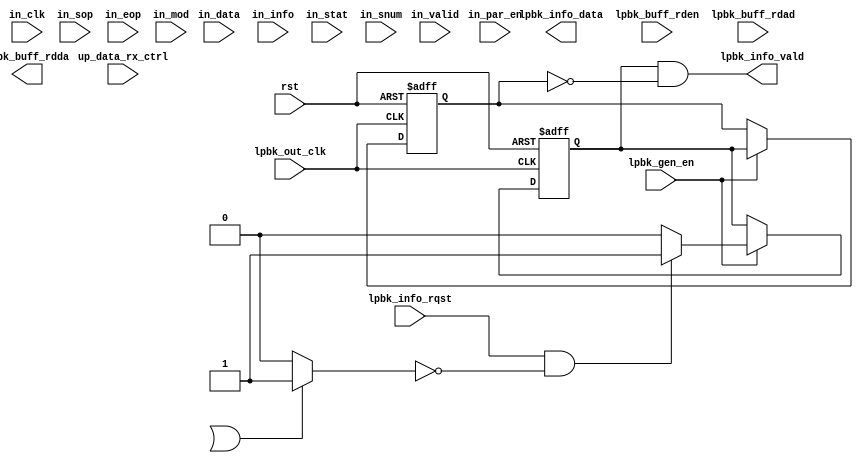
module rx_loop (
    input  wire         rst,


    input  wire [31: 0] up_data_rx_ctrl,

    input  wire         in_clk,
    input  wire         in_par_en,
    input  wire [31: 0] in_data,
    input  wire         in_valid,
    input  wire         in_sop,
    input  wire         in_eop,
    input  wire [ 1: 0] in_mod,
    input  wire [31: 0] in_info,
    input  wire [63: 0] in_stat,
    input  wire [ 3: 0] in_snum,

    input  wire        lpbk_out_clk,
    input  wire        lpbk_gen_en,

    input  wire        lpbk_info_rqst,
    output wire        lpbk_info_vald,
    output wire [31:0] lpbk_info_data,

    input  wire        lpbk_buff_rden,
    input  wire [11:0] lpbk_buff_rdad,
    output wire [31:0] lpbk_buff_rdda
);


// buffer in_par_en
reg in_par_en_d1, in_par_en_d2, in_par_en_d3, in_par_en_d4,
    in_par_en_d5, in_par_en_d6, in_par_en_d7, in_par_en_d8,
    in_par_en_d9, in_par_en_d10, in_par_en_d11, in_par_en_d12;
always @(posedge rst or posedge in_clk) begin
  if (rst) begin
    in_par_en_d1 <= 1'b0;
    in_par_en_d2 <= 1'b0;
    in_par_en_d3 <= 1'b0;
    in_par_en_d4 <= 1'b0;
    in_par_en_d5 <= 1'b0;
    in_par_en_d6 <= 1'b0;
    in_par_en_d7 <= 1'b0;
    in_par_en_d8 <= 1'b0;
    in_par_en_d9 <= 1'b0;
    in_par_en_d10 <= 1'b0;
    in_par_en_d11 <= 1'b0;
    in_par_en_d12 <= 1'b0;
  end
  else begin
    in_par_en_d1 <= in_par_en;
    in_par_en_d2 <= in_par_en_d1;
    in_par_en_d3 <= in_par_en_d2;
    in_par_en_d4 <= in_par_en_d3;
    in_par_en_d5 <= in_par_en_d4;
    in_par_en_d6 <= in_par_en_d5;
    in_par_en_d7 <= in_par_en_d6;
    in_par_en_d8 <= in_par_en_d7;
    in_par_en_d9 <= in_par_en_d8;
    in_par_en_d10 <= in_par_en_d9;
    in_par_en_d11 <= in_par_en_d10;
    in_par_en_d12 <= in_par_en_d11;
  end
end

wire par_en = in_par_en_d8;// || in_par_en_d12;

// get buffer control info
wire [ 3:0]rx_loop_en  = up_data_rx_ctrl[27:24];  // 4 bit enable: bit0=L1, bit1=L2, bit2=L3, bit3=L4
wire       rx_dump_en  = up_data_rx_ctrl[   28];  // dump enable
wire       rx_pause_en = up_data_rx_ctrl[    5];  // pause enable

wire loop_l1 = rx_loop_en[0];                   // +1 loop enable
wire loop_l2 = rx_loop_en[0] && rx_loop_en[1];  // +2 switch mac address
wire loop_l3 = rx_loop_en[0] && rx_loop_en[2];  // +4 switch ip address
wire loop_l4 = rx_loop_en[0] && rx_loop_en[3];  // +8 switch tcp/udp port

wire loop_it = (in_stat[7:0]==8'h04 || in_stat[9]==1'b1)? 1'b1: 1'b0;  // unicast && crc_good || pause

// get packet parser info
// out_info  <= {24'd0, {bypass_tcp, bypass_udp, bypass_ipv6, bypass_ipv4}, {bypass_mpls, bypass_llc, bypass_vlan,bypass_mac}};
wire hereis_mac = in_info[0];
wire hereis_ip4 = in_info[4];
wire hereis_ip6 = in_info[5];
wire hereis_udp = in_info[6];
wire hereis_tcp = in_info[7];

reg [5:0] hereis_mac_cntr;
always @(posedge rst or posedge in_clk) begin
  if (rst)
    hereis_mac_cntr <= 'd0;
  else if (par_en) begin
    if (in_sop && in_valid)
      hereis_mac_cntr <= 'd0;
    else if (hereis_mac)
      hereis_mac_cntr <= hereis_mac_cntr + 'd1;
  end
end

reg hereis_ip4_d1;
always @(posedge rst or posedge in_clk) begin
  if (rst)
    hereis_ip4_d1 <= 1'b0;
  else if (par_en)
    hereis_ip4_d1 <= hereis_ip4;
end

reg [5:0] hereis_ip4_cntr;
always @(posedge rst or posedge in_clk) begin
  if (rst)
    hereis_ip4_cntr <= 'd0;
  else if (par_en) begin
    if (in_sop && in_valid)
      hereis_ip4_cntr <= 'd0;
    else if (hereis_ip4 || hereis_ip4_d1)
      hereis_ip4_cntr <= hereis_ip4_cntr + 'd1;
  end
end

reg hereis_ip6_d1;
always @(posedge rst or posedge in_clk) begin
  if (rst)
    hereis_ip6_d1 <= 1'b0;
  else if (par_en)
    hereis_ip6_d1 <= hereis_ip6;
end

reg [5:0] hereis_ip6_cntr;
always @(posedge rst or posedge in_clk) begin
  if (rst)
    hereis_ip6_cntr <= 'd0;
  else if (par_en) begin
    if (in_sop && in_valid)
      hereis_ip6_cntr <= 'd0;
    else if (hereis_ip6 || hereis_ip6_d1)
      hereis_ip6_cntr <= hereis_ip6_cntr + 'd1;
  end
end

reg [5:0] hereis_udp_cntr;
always @(posedge rst or posedge in_clk) begin
  if (rst)
    hereis_udp_cntr <= 'd0;
  else if (par_en) begin
    if (in_sop && in_valid)
      hereis_udp_cntr <= 'd0;
    else if (hereis_udp)
      hereis_udp_cntr <= hereis_udp_cntr + 'd1;
  end
end

reg [5:0] hereis_tcp_cntr;
always @(posedge rst or posedge in_clk) begin
  if (rst)
    hereis_tcp_cntr <= 'd0;
  else if (par_en) begin
    if (in_sop && in_valid)
      hereis_tcp_cntr <= 'd0;
    else if (hereis_tcp)
      hereis_tcp_cntr <= hereis_tcp_cntr + 'd1;
  end
end

/*
// buffer data input
reg        in_valid_d1, in_valid_d2, in_valid_d3, in_valid_d4, in_valid_d5, in_valid_d6, in_valid_d7, in_valid_d8;
reg        in_sop_d1, in_sop_d2, in_sop_d3, in_sop_d4, in_sop_d5, in_sop_d6, in_sop_d7, in_sop_d8;
reg        in_eop_d1, in_eop_d2, in_eop_d3, in_eop_d4, in_eop_d5, in_eop_d6, in_eop_d7, in_eop_d8;
reg [ 1:0] in_mod_d1, in_mod_d2, in_mod_d3, in_mod_d4, in_mod_d5, in_mod_d6, in_mod_d7, in_mod_d8;
reg [31:0] in_data_d1, in_data_d2, in_data_d3, in_data_d4, in_data_d5, in_data_d6, in_data_d7, in_data_d8;
always @(posedge rst or posedge in_clk) begin
  if (rst) begin
    in_sop_d1 <= 1'b0;
    in_sop_d2 <= 1'b0;
    in_sop_d3 <= 1'b0;
    in_sop_d4 <= 1'b0;
  end
  else if (par_en) begin
    in_sop_d1 <= in_sop;
    in_sop_d2 <= in_sop_d1;
    in_sop_d3 <= in_sop_d2;
    in_sop_d4 <= in_sop_d3;
  end
end
always @(posedge rst or posedge in_clk) begin
  if (rst) begin
    in_eop_d1 <= 1'b0;
    in_eop_d2 <= 1'b0;
    in_eop_d3 <= 1'b0;
    in_eop_d4 <= 1'b0;
  end
  else if (par_en) begin
    in_eop_d1 <= in_eop;
    in_eop_d2 <= in_eop_d1;
    in_eop_d3 <= in_eop_d2;
    in_eop_d4 <= in_eop_d3;
  end
end
always @(posedge rst or posedge in_clk) begin
  if (rst) begin
    in_mod_d1 <= 2'd0;
    in_mod_d2 <= 2'd0;
    in_mod_d3 <= 2'd0;
    in_mod_d4 <= 2'd0;
  end
  else if (par_en) begin
    in_mod_d1 <= in_mod;
    in_mod_d2 <= in_mod_d1;
    in_mod_d3 <= in_mod_d2;
    in_mod_d4 <= in_mod_d3;
  end
end
always @(posedge rst or posedge in_clk) begin
  if (rst) begin
    in_valid_d1 <= 1'b0;
    in_valid_d2 <= 1'b0;
    in_valid_d3 <= 1'b0;
    in_valid_d4 <= 1'b0;
  end
  else if (par_en) begin
    in_valid_d1 <= in_valid;
    in_valid_d2 <= in_valid_d1;
    in_valid_d3 <= in_valid_d2;
    in_valid_d4 <= in_valid_d3;
  end
end
always @(posedge rst or posedge in_clk) begin
  if (rst) begin
    in_data_d1  <= 32'h00000000;
    in_data_d2  <= 32'h00000000;
    in_data_d3  <= 32'h00000000;
    in_data_d4  <= 32'h00000000;
  end
  else if (par_en) begin
    in_data_d1  <= in_data;
    in_data_d2  <= in_data_d1;
    in_data_d3  <= in_data_d2;
    in_data_d4  <= in_data_d3;
  end
end
*/


//////////////////////////////////
// loopback delay buffer
reg         dbuf_wren_h;
reg  [11:0] dbuf_wrad_h;
reg  [17:0] dbuf_wrda_h;
wire        dbuf_rden_h;
wire [11:0] dbuf_rdad_h;
wire [17:0] dbuf_rdda_h;
`ifdef ALTERA
dpram_dc_18_4096 loop_delay_buffer_h (
  .aclr_a    (rst),
  .clock_a   (in_clk),
  .address_a (dbuf_wrad_h),
  .data_a    (dbuf_wrda_h),
  .enable_a  (par_en),
  .rden_a    (1'b0),
  .wren_a    (dbuf_wren_h),
  .q_a       (),

  .aclr_b    (rst),
  .clock_b   (lpbk_out_clk),
  .address_b (dbuf_rdad_h),
  .data_b    (18'd0),
  .enable_b  (lpbk_gen_en),
  .rden_b    (dbuf_rden_h),
  .wren_b    (1'b0),
  .q_b       (dbuf_rdda_h)
);
`endif
`ifdef XILINX_SPARTAN6
dpram_dc_18_4096 loop_delay_buffer_h(
  .clka  (in_clk),
  .rsta  (rst),
  .ena   (par_en),
  .wea   (dbuf_wren_h),
  .addra (dbuf_wrad_h),
  .dina  (dbuf_wrda_h),
  .douta (),

  .clkb  (lpbk_out_clk),
  .rstb  (rst),
  .enb   (lpbk_gen_en && dbuf_rden_h),
  .web   (1'b0),
  .addrb (dbuf_rdad_h),
  .dinb  (18'd0),
  .doutb (dbuf_rdda_h)
);
`endif

reg         dbuf_wren_l;
reg  [11:0] dbuf_wrad_l;
reg  [17:0] dbuf_wrda_l;
wire        dbuf_rden_l;
wire [11:0] dbuf_rdad_l;
wire [17:0] dbuf_rdda_l;
`ifdef ALTERA
dpram_dc_18_4096 loop_delay_buffer_l (
  .aclr_a    (rst),
  .clock_a   (in_clk),
  .address_a (dbuf_wrad_l),
  .data_a    (dbuf_wrda_l),
  .enable_a  (par_en),
  .rden_a    (1'b0),
  .wren_a    (dbuf_wren_l),
  .q_a       (),

  .aclr_b    (rst),
  .clock_b   (lpbk_out_clk),
  .address_b (dbuf_rdad_l),
  .data_b    (18'd0),
  .enable_b  (lpbk_gen_en),
  .rden_b    (dbuf_rden_l),
  .wren_b    (1'b0),
  .q_b       (dbuf_rdda_l)
);
`endif
`ifdef XILINX_SPARTAN6
dpram_dc_18_4096 loop_delay_buffer_l(
  .clka  (in_clk),
  .rsta  (rst),
  .ena   (par_en),
  .wea   (dbuf_wren_l),
  .addra (dbuf_wrad_l),
  .dina  (dbuf_wrda_l),
  .douta (),

  .clkb  (lpbk_out_clk),
  .rstb  (rst),
  .enb   (lpbk_gen_en && dbuf_rden_l),
  .web   (1'b0),
  .addrb (dbuf_rdad_l),
  .dinb  (18'd0),
  .doutb (dbuf_rdda_l)
);
`endif

////////////////////////////////////////
// logic to read from delay buffer
assign dbuf_rden_h = lpbk_buff_rden;
assign dbuf_rden_l = lpbk_buff_rden;
assign dbuf_rdad_h = lpbk_buff_rdad;
assign dbuf_rdad_l = lpbk_buff_rdad;
assign lpbk_buff_rdda = {dbuf_rdda_h[15:0], dbuf_rdda_l[15:0]};

////////////////////////////////////////
// logic to write to delay buffer
reg  [11:0] dbuf_wrad;
wire        dbuf_wrad_incr, dbuf_wrad_hold, dbuf_wrad_load;
wire [11:0] dbuf_wrad_base;
always @(posedge rst or posedge in_clk) begin
  if (rst)
    dbuf_wrad <= 'd0;
  else if (par_en)
         if (dbuf_wrad_load)
      dbuf_wrad <= dbuf_wrad_base;
    else if (dbuf_wrad_hold)
      dbuf_wrad <= dbuf_wrad + 'd0;
    else if (dbuf_wrad_incr)
      dbuf_wrad <= dbuf_wrad + 'd1;
end

// fsm state transition
reg  [ 7:0] fsm_dbwr_curr_st, fsm_dbwr_next_st, fsm_dbwr_last_st;

parameter [ 7:0]
FSM_DBWR_IDLE        =                       0,  // 0
FSM_DBWR_PREAMBLE    = FSM_DBWR_IDLE       + 1,  // 1
FSM_DBWR_ACTIVE      = FSM_DBWR_PREAMBLE   + 1,  // 2
FSM_DBWR_STAT_H      =                      64,  //64
FSM_DBWR_STAT_L      = FSM_DBWR_STAT_H     + 1,  //65
FSM_DBWR_DEACTIVE    =                     255;  // 255

always @(posedge rst or posedge in_clk) begin
    if (rst) begin
        fsm_dbwr_curr_st <= FSM_DBWR_IDLE;
        fsm_dbwr_last_st <= FSM_DBWR_IDLE;
    end
    else if (par_en) begin
        fsm_dbwr_curr_st <= fsm_dbwr_next_st;
        fsm_dbwr_last_st <= fsm_dbwr_curr_st;
    end
end

always @(*) begin
    case (fsm_dbwr_curr_st)
        FSM_DBWR_IDLE:
            if (in_valid && in_sop)
                fsm_dbwr_next_st = FSM_DBWR_PREAMBLE;
            else
                fsm_dbwr_next_st = FSM_DBWR_IDLE;
        FSM_DBWR_PREAMBLE:
                fsm_dbwr_next_st = FSM_DBWR_ACTIVE;
        FSM_DBWR_ACTIVE:
            if (in_valid && in_eop)
                fsm_dbwr_next_st = FSM_DBWR_STAT_H;
            else
                fsm_dbwr_next_st = FSM_DBWR_ACTIVE;
        FSM_DBWR_STAT_H:
                fsm_dbwr_next_st = FSM_DBWR_STAT_L;
        FSM_DBWR_STAT_L:
                fsm_dbwr_next_st = FSM_DBWR_IDLE;
        FSM_DBWR_DEACTIVE:
                fsm_dbwr_next_st = FSM_DBWR_IDLE;
        default:
            fsm_dbwr_next_st = FSM_DBWR_IDLE;
    endcase
end

// FSM output signals: buffer fill-in operaion
reg [11:0] dbuf_wrad_h_temp, dbuf_wrad_l_temp;
reg [17:0] dbuf_wrda_h_temp, dbuf_wrda_l_temp;  // l4 dst, l4 src
reg        dbuf_lpl4_rewrite;                   // temporarily store the l4 port values to write it back later, using the overwritten eop cycle

always @(posedge rst or posedge in_clk) begin
    if (rst) begin
            {dbuf_wren_h, dbuf_wren_l, dbuf_wrad_h, dbuf_wrad_l, dbuf_wrda_h, dbuf_wrda_l} <= 
                {1'b0, 1'b0, 12'd0, 12'd0, 18'd0, 18'd0};
    end
    else if (par_en) begin
             if (fsm_dbwr_curr_st==FSM_DBWR_IDLE)
            {dbuf_wren_h, dbuf_wren_l, dbuf_wrad_h, dbuf_wrad_l, dbuf_wrda_h, dbuf_wrda_l} <= 
                {1'b0, 1'b0, 12'd0, 12'd0, 18'd0, 18'd0};
        else if (fsm_dbwr_curr_st==FSM_DBWR_PREAMBLE)
            {dbuf_wren_h, dbuf_wren_l, dbuf_wrad_h, dbuf_wrad_l, dbuf_wrda_h, dbuf_wrda_l} <= 
                {1'b0, 1'b0, 12'd0, 12'd0, 18'd0, 18'd0};
        else if (fsm_dbwr_curr_st==FSM_DBWR_ACTIVE) begin
            // non address 
            {dbuf_wren_h, dbuf_wren_l, dbuf_wrad_h, dbuf_wrad_l, dbuf_wrda_h, dbuf_wrda_l} <= 
                {1'b1, 1'b1, dbuf_wrad, dbuf_wrad, {in_sop, in_eop, in_data[31:16]}, {in_mod, in_data[15: 0]}};
            // l2 mac address
            if (hereis_mac && hereis_mac_cntr=='d0 && loop_l2)
            {dbuf_wren_h, dbuf_wren_l, dbuf_wrad_h, dbuf_wrad_l, dbuf_wrda_h, dbuf_wrda_l} <= 
                {1'b1, 1'b1, (dbuf_wrad+12'd2), (dbuf_wrad+12'd1), {in_sop, in_eop, in_data[15: 0]}, {in_mod, in_data[31:16]}};
            if (hereis_mac && hereis_mac_cntr=='d1 && loop_l2)
            {dbuf_wren_h, dbuf_wren_l, dbuf_wrad_h, dbuf_wrad_l, dbuf_wrda_h, dbuf_wrda_l} <= 
                {1'b1, 1'b1, (dbuf_wrad-12'd1), (dbuf_wrad+12'd1), {in_sop, in_eop, in_data[15: 0]}, {in_mod, in_data[31:16]}};
            if (hereis_mac && hereis_mac_cntr=='d2 && loop_l2)
            {dbuf_wren_h, dbuf_wren_l, dbuf_wrad_h, dbuf_wrad_l, dbuf_wrda_h, dbuf_wrda_l} <= 
                {1'b1, 1'b1, (dbuf_wrad-12'd1), (dbuf_wrad-12'd2), {in_sop, in_eop, in_data[15: 0]}, {in_mod, in_data[31:16]}};
            // l3 ipv6 address
            if (hereis_ip6 && hereis_ip6_cntr=='d2 && loop_l3)
            {dbuf_wren_h, dbuf_wren_l, dbuf_wrad_h, dbuf_wrad_l, dbuf_wrda_h, dbuf_wrda_l} <= 
                {1'b1, 1'b1, (dbuf_wrad+12'd0), (dbuf_wrad+12'd4), {in_sop, in_eop, in_data[31:16]}, {in_mod, in_data[15: 0]}};
            if (hereis_ip6 && hereis_ip6_cntr=='d3 && loop_l3)
            {dbuf_wren_h, dbuf_wren_l, dbuf_wrad_h, dbuf_wrad_l, dbuf_wrda_h, dbuf_wrda_l} <= 
                {1'b1, 1'b1, (dbuf_wrad+12'd4), (dbuf_wrad+12'd4), {in_sop, in_eop, in_data[31:16]}, {in_mod, in_data[15: 0]}};
            if (hereis_ip6 && hereis_ip6_cntr=='d4 && loop_l3)
            {dbuf_wren_h, dbuf_wren_l, dbuf_wrad_h, dbuf_wrad_l, dbuf_wrda_h, dbuf_wrda_l} <= 
                {1'b1, 1'b1, (dbuf_wrad+12'd4), (dbuf_wrad+12'd4), {in_sop, in_eop, in_data[31:16]}, {in_mod, in_data[15: 0]}};
            if (hereis_ip6 && hereis_ip6_cntr=='d5 && loop_l3)
            {dbuf_wren_h, dbuf_wren_l, dbuf_wrad_h, dbuf_wrad_l, dbuf_wrda_h, dbuf_wrda_l} <= 
                {1'b1, 1'b1, (dbuf_wrad+12'd4), (dbuf_wrad+12'd4), {in_sop, in_eop, in_data[31:16]}, {in_mod, in_data[15: 0]}};
            if (hereis_ip6 && hereis_ip6_cntr=='d6 && loop_l3)
            {dbuf_wren_h, dbuf_wren_l, dbuf_wrad_h, dbuf_wrad_l, dbuf_wrda_h, dbuf_wrda_l} <= 
                {1'b1, 1'b1, (dbuf_wrad+12'd4), (dbuf_wrad-12'd4), {in_sop, in_eop, in_data[31:16]}, {in_mod, in_data[15: 0]}};
            if (hereis_ip6 && hereis_ip6_cntr=='d7 && loop_l3)
            {dbuf_wren_h, dbuf_wren_l, dbuf_wrad_h, dbuf_wrad_l, dbuf_wrda_h, dbuf_wrda_l} <= 
                {1'b1, 1'b1, (dbuf_wrad-12'd4), (dbuf_wrad-12'd4), {in_sop, in_eop, in_data[31:16]}, {in_mod, in_data[15: 0]}};
            if (hereis_ip6 && hereis_ip6_cntr=='d8 && loop_l3)
            {dbuf_wren_h, dbuf_wren_l, dbuf_wrad_h, dbuf_wrad_l, dbuf_wrda_h, dbuf_wrda_l} <= 
                {1'b1, 1'b1, (dbuf_wrad-12'd4), (dbuf_wrad-12'd4), {in_sop, in_eop, in_data[31:16]}, {in_mod, in_data[15: 0]}};
            if (hereis_ip6 && hereis_ip6_cntr=='d9 && loop_l3)
            {dbuf_wren_h, dbuf_wren_l, dbuf_wrad_h, dbuf_wrad_l, dbuf_wrda_h, dbuf_wrda_l} <= 
                {1'b1, 1'b1, (dbuf_wrad-12'd4), (dbuf_wrad-12'd4), {in_sop, in_eop, in_data[31:16]}, {in_mod, in_data[15: 0]}};
            if ((hereis_ip6 || hereis_ip6_d1) && hereis_ip6_cntr=='ha && loop_l3)
            {dbuf_wren_h, dbuf_wrad_h, dbuf_wrda_h} <= 
                {1'b1, (dbuf_wrad-12'd4), {in_sop, in_eop, in_data[31:16]}};
            // l3 ipv4 address
            if (hereis_ip4 && hereis_ip4_cntr=='d3 && loop_l3)
            {dbuf_wren_h, dbuf_wren_l, dbuf_wrad_h, dbuf_wrad_l, dbuf_wrda_h, dbuf_wrda_l} <= 
                {1'b1, 1'b1, (dbuf_wrad+12'd0), (dbuf_wrad+12'd1), {in_sop, in_eop, in_data[31:16]}, {in_mod, in_data[15: 0]}};
            if (hereis_ip4 && hereis_ip4_cntr=='d4 && loop_l3)
            {dbuf_wren_h, dbuf_wren_l, dbuf_wrad_h, dbuf_wrad_l, dbuf_wrda_h, dbuf_wrda_l} <= 
                {1'b1, 1'b1, (dbuf_wrad+12'd1), (dbuf_wrad-12'd1), {in_sop, in_eop, in_data[31:16]}, {in_mod, in_data[15: 0]}};
            if ((hereis_ip4 || hereis_ip4_d1) && hereis_ip4_cntr=='d5 && loop_l3)
            {dbuf_wren_h, dbuf_wrad_h, dbuf_wrda_h} <= 
                {1'b1, (dbuf_wrad-12'd1), {in_sop, in_eop, in_data[31:16]}};
            // l4 udp/tcp port
            if (hereis_udp && hereis_udp_cntr=='d0 && loop_l4)   // due to address conflict, need to store the values and write them later into ram
            {dbuf_wren_l, dbuf_wrad_l, dbuf_wrda_l} <= 
                {1'b1, (dbuf_wrad+12'd0), {in_sop, in_eop, in_data[15: 0]}};
            if (hereis_tcp && hereis_tcp_cntr=='d0 && loop_l4)   // due to address conflict, need to store the values and write them later into ram
            {dbuf_wren_l, dbuf_wrad_l, dbuf_wrda_l} <= 
                {1'b1, (dbuf_wrad+12'd0), {in_sop, in_eop, in_data[15: 0]}};
            if (dbuf_lpl4_rewrite && dbuf_wrad_hold && loop_l4)  // rewirte the switched l4 port values
            {dbuf_wren_h, dbuf_wren_l, dbuf_wrad_h, dbuf_wrad_l, dbuf_wrda_h, dbuf_wrda_l} <= 
                {1'b1, 1'b1, dbuf_wrad_h_temp, dbuf_wrad_l_temp, dbuf_wrda_l_temp, dbuf_wrda_h_temp};
        end
        else if (fsm_dbwr_curr_st==FSM_DBWR_STAT_H)
            {dbuf_wren_h, dbuf_wren_l, dbuf_wrad_h, dbuf_wrad_l, dbuf_wrda_h, dbuf_wrda_l} <= 
                {1'b1, 1'b1, dbuf_wrad,dbuf_wrad, {2'b11, in_stat[63:48]}, {2'b11, in_stat[47:32]}};
        else if (fsm_dbwr_curr_st==FSM_DBWR_STAT_L)
            {dbuf_wren_h, dbuf_wren_l, dbuf_wrad_h, dbuf_wrad_l, dbuf_wrda_h, dbuf_wrda_l} <= 
                {1'b1, 1'b1, dbuf_wrad,dbuf_wrad, {2'b11, in_stat[31:16]}, {2'b11, in_stat[15: 0]}};
        else if (fsm_dbwr_curr_st==FSM_DBWR_DEACTIVE)
            {dbuf_wren_h, dbuf_wren_l, dbuf_wrad_h, dbuf_wrad_l, dbuf_wrda_h, dbuf_wrda_l} <= 
                {1'b0, 1'b0, 12'd0, 12'd0, 18'd0, 18'd0};
        else
            {dbuf_wren_h, dbuf_wren_l, dbuf_wrad_h, dbuf_wrad_l, dbuf_wrda_h, dbuf_wrda_l} <= 
                {1'b0, 1'b0, 12'd0, 12'd0, 18'd0, 18'd0};
    end
end

always @(posedge rst or posedge in_clk) begin
    if (rst) begin
        {dbuf_wrad_h_temp, dbuf_wrad_l_temp, dbuf_wrda_h_temp, dbuf_wrda_l_temp} <= {12'd0, 12'd0, 18'd0, 18'd0};
    end
    else if (par_en) begin
        if (fsm_dbwr_curr_st==FSM_DBWR_ACTIVE) begin
            if (hereis_udp && hereis_udp_cntr=='d0 && loop_l4)  // UDP: capture l4 src_port
            {dbuf_wrad_l_temp, dbuf_wrda_l_temp} <= 
                {dbuf_wrad, {in_mod, in_data[15: 0]}};
            if (hereis_udp && hereis_udp_cntr=='d1 && loop_l4)  // UDP: capture l4 dst_port
            {dbuf_wrad_h_temp, dbuf_wrda_h_temp} <= 
                {dbuf_wrad, {in_sop, in_eop, in_data[31:16]}};
            if (hereis_tcp && hereis_tcp_cntr=='d0 && loop_l4)  // TCP: capture l4 src_port
            {dbuf_wrad_l_temp, dbuf_wrda_l_temp} <= 
                {dbuf_wrad, {in_mod, in_data[15: 0]}};
            if (hereis_tcp && hereis_tcp_cntr=='d1 && loop_l4)  // TCP: capture l4 dst_port
            {dbuf_wrad_h_temp, dbuf_wrda_h_temp} <= 
                {dbuf_wrad, {in_sop, in_eop, in_data[31:16]}};
        end
    end
end

always @(posedge rst or posedge in_clk) begin
    if (rst)
        dbuf_lpl4_rewrite <= 1'b0;
    else if (par_en) begin
        if (fsm_dbwr_curr_st==FSM_DBWR_PREAMBLE)
            dbuf_lpl4_rewrite <= 1'b0;
        else if (fsm_dbwr_curr_st==FSM_DBWR_ACTIVE) begin
            if (hereis_udp && hereis_udp_cntr=='d0 && loop_l4)
                dbuf_lpl4_rewrite <= 1'b1;
            if (hereis_tcp && hereis_tcp_cntr=='d0 && loop_l4)
                dbuf_lpl4_rewrite <= 1'b1;
        end
    end
end

assign dbuf_wrad_incr = (fsm_dbwr_curr_st!=FSM_DBWR_IDLE   && fsm_dbwr_curr_st!=FSM_DBWR_PREAMBLE && fsm_dbwr_curr_st!=FSM_DBWR_DEACTIVE)? 1'b1:1'b0;
assign dbuf_wrad_hold = (fsm_dbwr_curr_st!=FSM_DBWR_STAT_H && fsm_dbwr_next_st==FSM_DBWR_STAT_H)? 1'b1:1'b0;
assign dbuf_wrad_load = (fsm_dbwr_curr_st==FSM_DBWR_STAT_L && !loop_it)? 1'b1:1'b0;




///////////////////////////////
// info buffer
wire info_fifo_empty_h;
wire info_fifo_full_h;
wire        info_fifo_rden_h;
wire [17:0] info_fifo_rdda_h;
wire        info_fifo_wren_h;
wire [17:0] info_fifo_wrda_h;
`ifdef XILINX_SPARTAN6
fifo_dc_18_512 info_fifo_h(
    .rst    (rst),
 
    .wr_clk (in_clk),
    .wr_en  (par_en && info_fifo_wren_h),
    .din    (info_fifo_wrda_h),
    .full   (info_fifo_full_h),
    .wr_data_count(),
 
    .rd_clk (lpbk_out_clk),
    .rd_en (lpbk_gen_en && info_fifo_rden_h),
    .dout   (info_fifo_rdda_h),
    .empty  (info_fifo_empty_h),
    .rd_data_count()
);
`endif
`ifdef ALTERA
fifo_dc_18_512 info_fifo_h(
    .aclr(rst),

    .wrclk(in_clk),
    .wrreq(par_en && info_fifo_wren_h),
    .data(info_fifo_wrda_h),

    .rdclk(lpbk_out_clk),
    .rdreq(lpbk_gen_en && info_fifo_rden_h),
    .q(info_fifo_rdda_h),

    .rdempty(info_fifo_empty_h),
    .rdusedw(),
    .wrfull(info_fifo_full_h),
    .wrusedw()
);
`endif

wire info_fifo_empty_l;
wire info_fifo_full_l;
wire        info_fifo_rden_l;
wire [17:0] info_fifo_rdda_l;
wire        info_fifo_wren_l;
wire [17:0] info_fifo_wrda_l;
`ifdef XILINX_SPARTAN6
fifo_dc_18_512 info_fifo_l(
    .rst    (rst),
 
    .wr_clk (in_clk),
    .wr_en  (par_en && info_fifo_wren_l),
    .din    (info_fifo_wrda_l),
    .full   (info_fifo_full_l),
    .wr_data_count(),
 
    .rd_clk (lpbk_out_clk),
    .rd_en (lpbk_gen_en && info_fifo_rden_l),
    .dout   (info_fifo_rdda_l),
    .empty  (info_fifo_empty_l),
    .rd_data_count()
);
`endif
`ifdef ALTERA
fifo_dc_18_512 info_fifo_l(
    .aclr(rst),

    .wrclk(in_clk),
    .wrreq(par_en && info_fifo_wren_l),
    .data(info_fifo_wrda_l),

    .rdclk(lpbk_out_clk),
    .rdreq(lpbk_gen_en && info_fifo_rden_l),
    .q(info_fifo_rdda_l),

    .rdempty(info_fifo_empty_l),
    .rdusedw(),
    .wrfull(info_fifo_full_l),
    .wrusedw()
);
`endif

///////////////////////////////////////////////////////
// FSM output signals: info fifo fill-in operation
reg  [15:0] info_data_leng;
wire [ 3:0] info_data_snum = in_snum;
reg  [11:0] info_data_base;
wire [11:0] dbuf_wrad_interval = dbuf_wrad - info_data_base;
assign      dbuf_wrad_base = info_data_base;
always @(posedge rst or posedge in_clk) begin
    if (rst) begin
        info_data_leng <= 'd0;
        info_data_base <= 'd0;
    end
    else if (par_en) begin
        if (fsm_dbwr_curr_st!=FSM_DBWR_STAT_H && fsm_dbwr_next_st==FSM_DBWR_STAT_H) begin
            info_data_leng <= (in_mod==2'b00)? {2'b00, dbuf_wrad_interval, 2'b00}: {2'b00, (dbuf_wrad_interval-1), in_mod};
        end
        if (fsm_dbwr_curr_st==FSM_DBWR_PREAMBLE) begin
            info_data_base <= dbuf_wrad;
        end
    end
end

reg        info_fifo_wren;
reg [31:0] info_fifo_wrda;
always @(posedge rst or posedge in_clk) begin
    if (rst) begin
        info_fifo_wren <= 1'b0;
        info_fifo_wrda <= 32'd0;
    end
    else if (par_en) begin
        if (fsm_dbwr_curr_st==FSM_DBWR_STAT_H && loop_it && loop_l1) begin
            info_fifo_wren <= 1'b1;
            info_fifo_wrda <= {info_data_leng, info_data_snum, info_data_base};  // {16, 4, 12}
        end
        else begin
            info_fifo_wren <= 1'b0;
            info_fifo_wrda <= 32'd0;
        end
    end
end

assign {info_fifo_wren_h, info_fifo_wren_l} = {        info_fifo_wren,                 info_fifo_wren};
assign {info_fifo_wrda_h, info_fifo_wrda_l} = {{2'b00, info_fifo_wrda[31:16]}, {2'b00, info_fifo_wrda[15: 0]}};

///////////////////////////////////////
// info fifo read out operation
wire info_fifo_empty = (info_fifo_empty_h || info_fifo_empty_l)? 1'b1: 1'b0;
wire info_fifo_rden  = (lpbk_info_rqst && !info_fifo_empty)? 1'b1: 1'b0;

reg info_fifo_rden_d1, info_fifo_rden_d2;
always @(posedge rst or posedge lpbk_out_clk) begin
    if (rst) begin
        info_fifo_rden_d1 <= 1'b0;
        info_fifo_rden_d2 <= 1'b0;
    end
    else if (lpbk_gen_en) begin
        info_fifo_rden_d1 <= info_fifo_rden;
        info_fifo_rden_d2 <= info_fifo_rden_d1;
    end
end

assign info_fifo_rden_h = info_fifo_rden && !info_fifo_rden_d1;
assign info_fifo_rden_l = info_fifo_rden && !info_fifo_rden_d1;

assign lpbk_info_vald = info_fifo_rden_d1 && !info_fifo_rden_d2;
assign lpbk_info_data = {info_fifo_rdda_h[15:0], info_fifo_rdda_l[15:0]};




endmodule